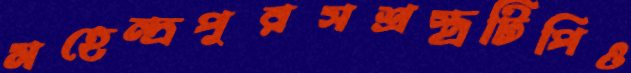
মহেন্দ্রপুরসশ্রস্ত্রটিপিও